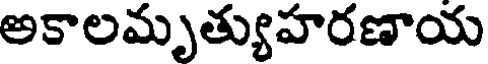
అకాలమృత్యుహరణాయ